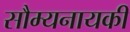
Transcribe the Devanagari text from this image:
सौम्यनायकी